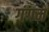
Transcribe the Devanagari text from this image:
गंगम